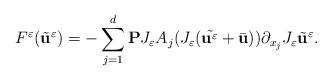
LaTeX: \begin{align*}F^{\varepsilon}(\tilde{\textbf{u}}^{\varepsilon}) = -\sum_{j=1}^{d}\textbf{P} J_{\varepsilon}A_{j}(J_{\varepsilon}(\tilde{\textbf{u}^{\varepsilon}}+\bar{\textbf{u}}))\partial_{x_{j}}J_{\varepsilon}\tilde{\textbf{u}}^{\varepsilon}.\end{align*}